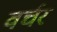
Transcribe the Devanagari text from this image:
वर्चर